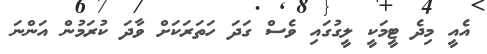
އެއީ މިދެ ޓީމަކީ ލީގުގައި ވެސް ގަދަ ހަތަރަކަށް ވާދަ ކުރަމުން އަންނަ